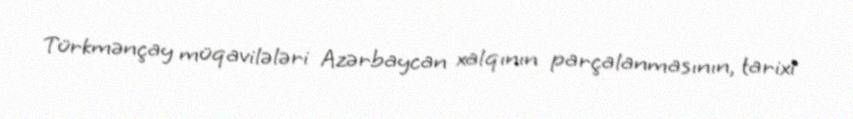
Türkmənçay müqavilələri Azərbaycan xalqının parçalanmasının, tarixi